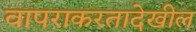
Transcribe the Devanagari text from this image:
वापराकरतादेखील